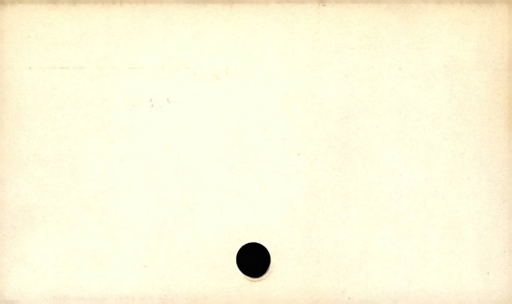
Label: blank